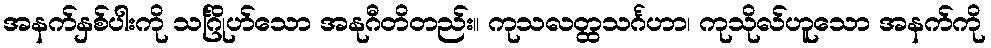
အနက်နှစ်ပါးကို သင်္ဂြိုဟ်သော အနုဂီတိတည်း။ ကုသလတ္ထသင်္ဂဟာ၊ ကုသိုလ်ဟူသော အနက်ကို